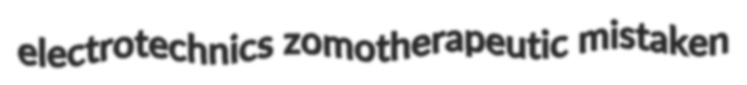
electrotechnics zomotherapeutic mistaken